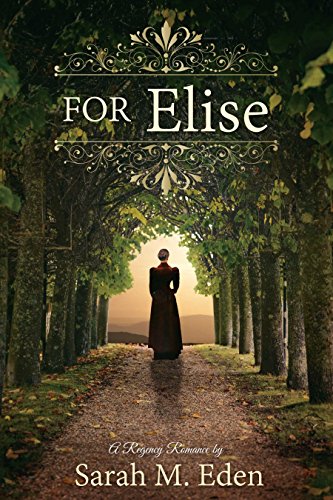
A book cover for For Elise; Sarah M. Eden; Romance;